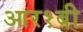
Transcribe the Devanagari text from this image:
आर१बी